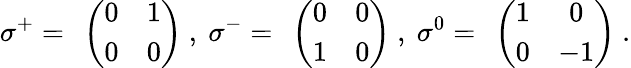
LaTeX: \sigma^{+}=\ \left(\begin{array}{cc}{{0}}&{{1}}\\ {{0}}&{{0}}\end{array}\right)\ ,\ \sigma^{-}=\ \left(\begin{array}{cc}{{0}}&{{0}}\\ {{1}}&{{0}}\end{array}\right)\ ,\ \sigma^{0}=\ \left(\begin{array}{cc}{{1}}&{{0}}\\ {{0}}&{{-1}}\end{array}\right)\ .